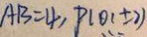
A B = 4 , P ( 0 , \pm 2 )